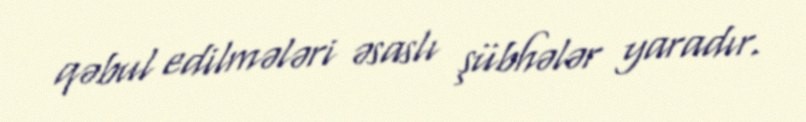
qəbul edilmələri əsaslı şübhələr yaradır.